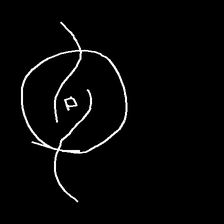
Glyph: repetition